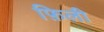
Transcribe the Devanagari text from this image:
फ़िली